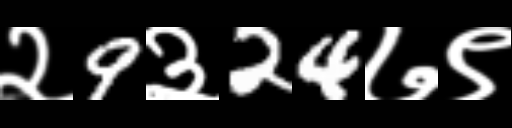
Text: २9३24७९